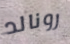
رونالد